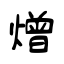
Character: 熷